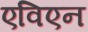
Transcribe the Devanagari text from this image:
एविएन